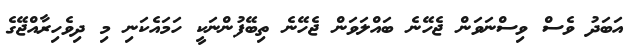
އަބަދު ވެސް ވިސްނަވަން ޖެހޭނެ ބައްލަވަން ޖެހޭނެ ތިބޭފުުންނަކީ ހަމައެކަނި މި ދިވެހިރާއްޖޭގެ